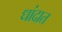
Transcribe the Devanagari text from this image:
धांदात